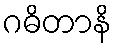
ဂဓိတာနိ